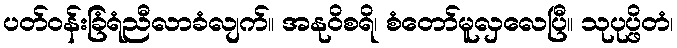
ပတ်ဝန်းခြံရံညီလာခံလျက်။ အနုဝိစရိ၊ စံတော်မူလှလေပြီ။ သုပုပ္ဖိတံ၊